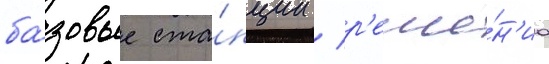
ба́зовые ста́нции / р'еше́н'иа